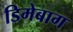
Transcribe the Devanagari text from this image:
डिमेबाग